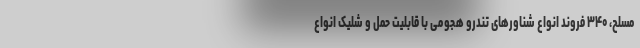
مسلح، ۳۴۰ فروند انواع شناور‌های تندرو هجومی با قابلیت حمل و شلیک انواع